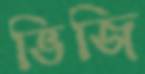
ভিজি